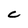
Character: C